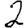
Digit: 2